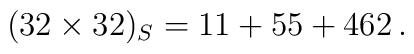
(32\times 32)_S=11+55+462\,.